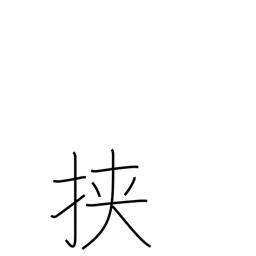
Meaning: between